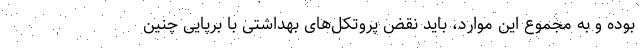
بوده و به مجموع این موارد، باید نقض پروتکل‌های بهداشتی با برپایی چنین